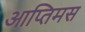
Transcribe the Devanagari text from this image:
आप्तिमस